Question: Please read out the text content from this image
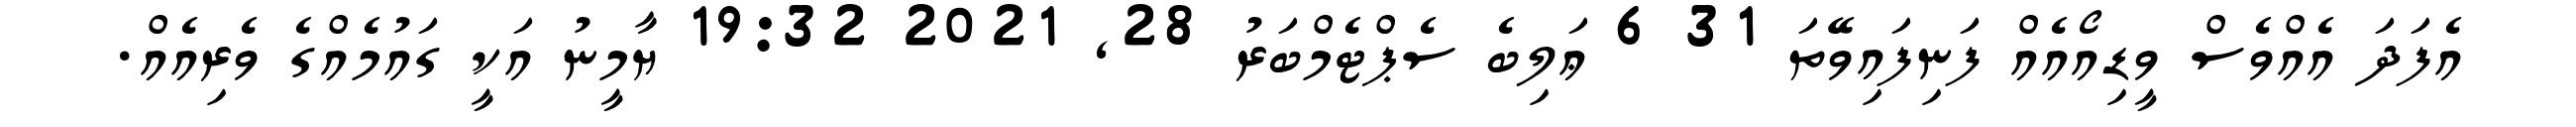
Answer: އެފަދަ އެއްވެސް ވީޑިއޯއެއް ފަނިފައިވޭތަ 31 6 ޢަލިބެ ސެޕްޓެމްބަރު 28, 2021 19:32 ޔާމީނު އަކީ ގައުމެއްގެ ވެރިއެއް.